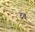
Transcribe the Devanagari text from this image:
दंव